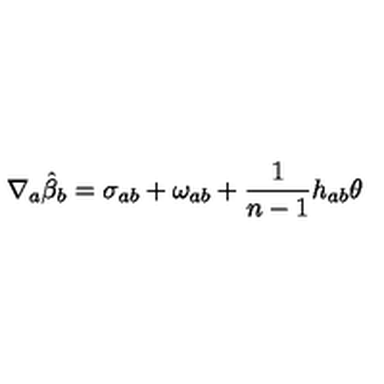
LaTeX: \nabla _ { a } \hat { \beta } _ { b } = \sigma _ { a b } + \omega _ { a b } + \frac { 1 } { n - 1 } h _ { a b } \theta